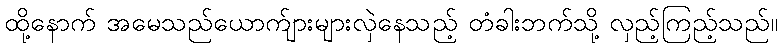
ထို့နောက် အမေသည်ယောက်ျားများလှဲနေသည့် တံခါးဘက်သို့ လှည့်ကြည့်သည်။